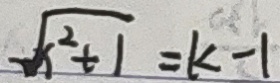
\sqrt { x ^ { 2 } + 1 } = k - 1